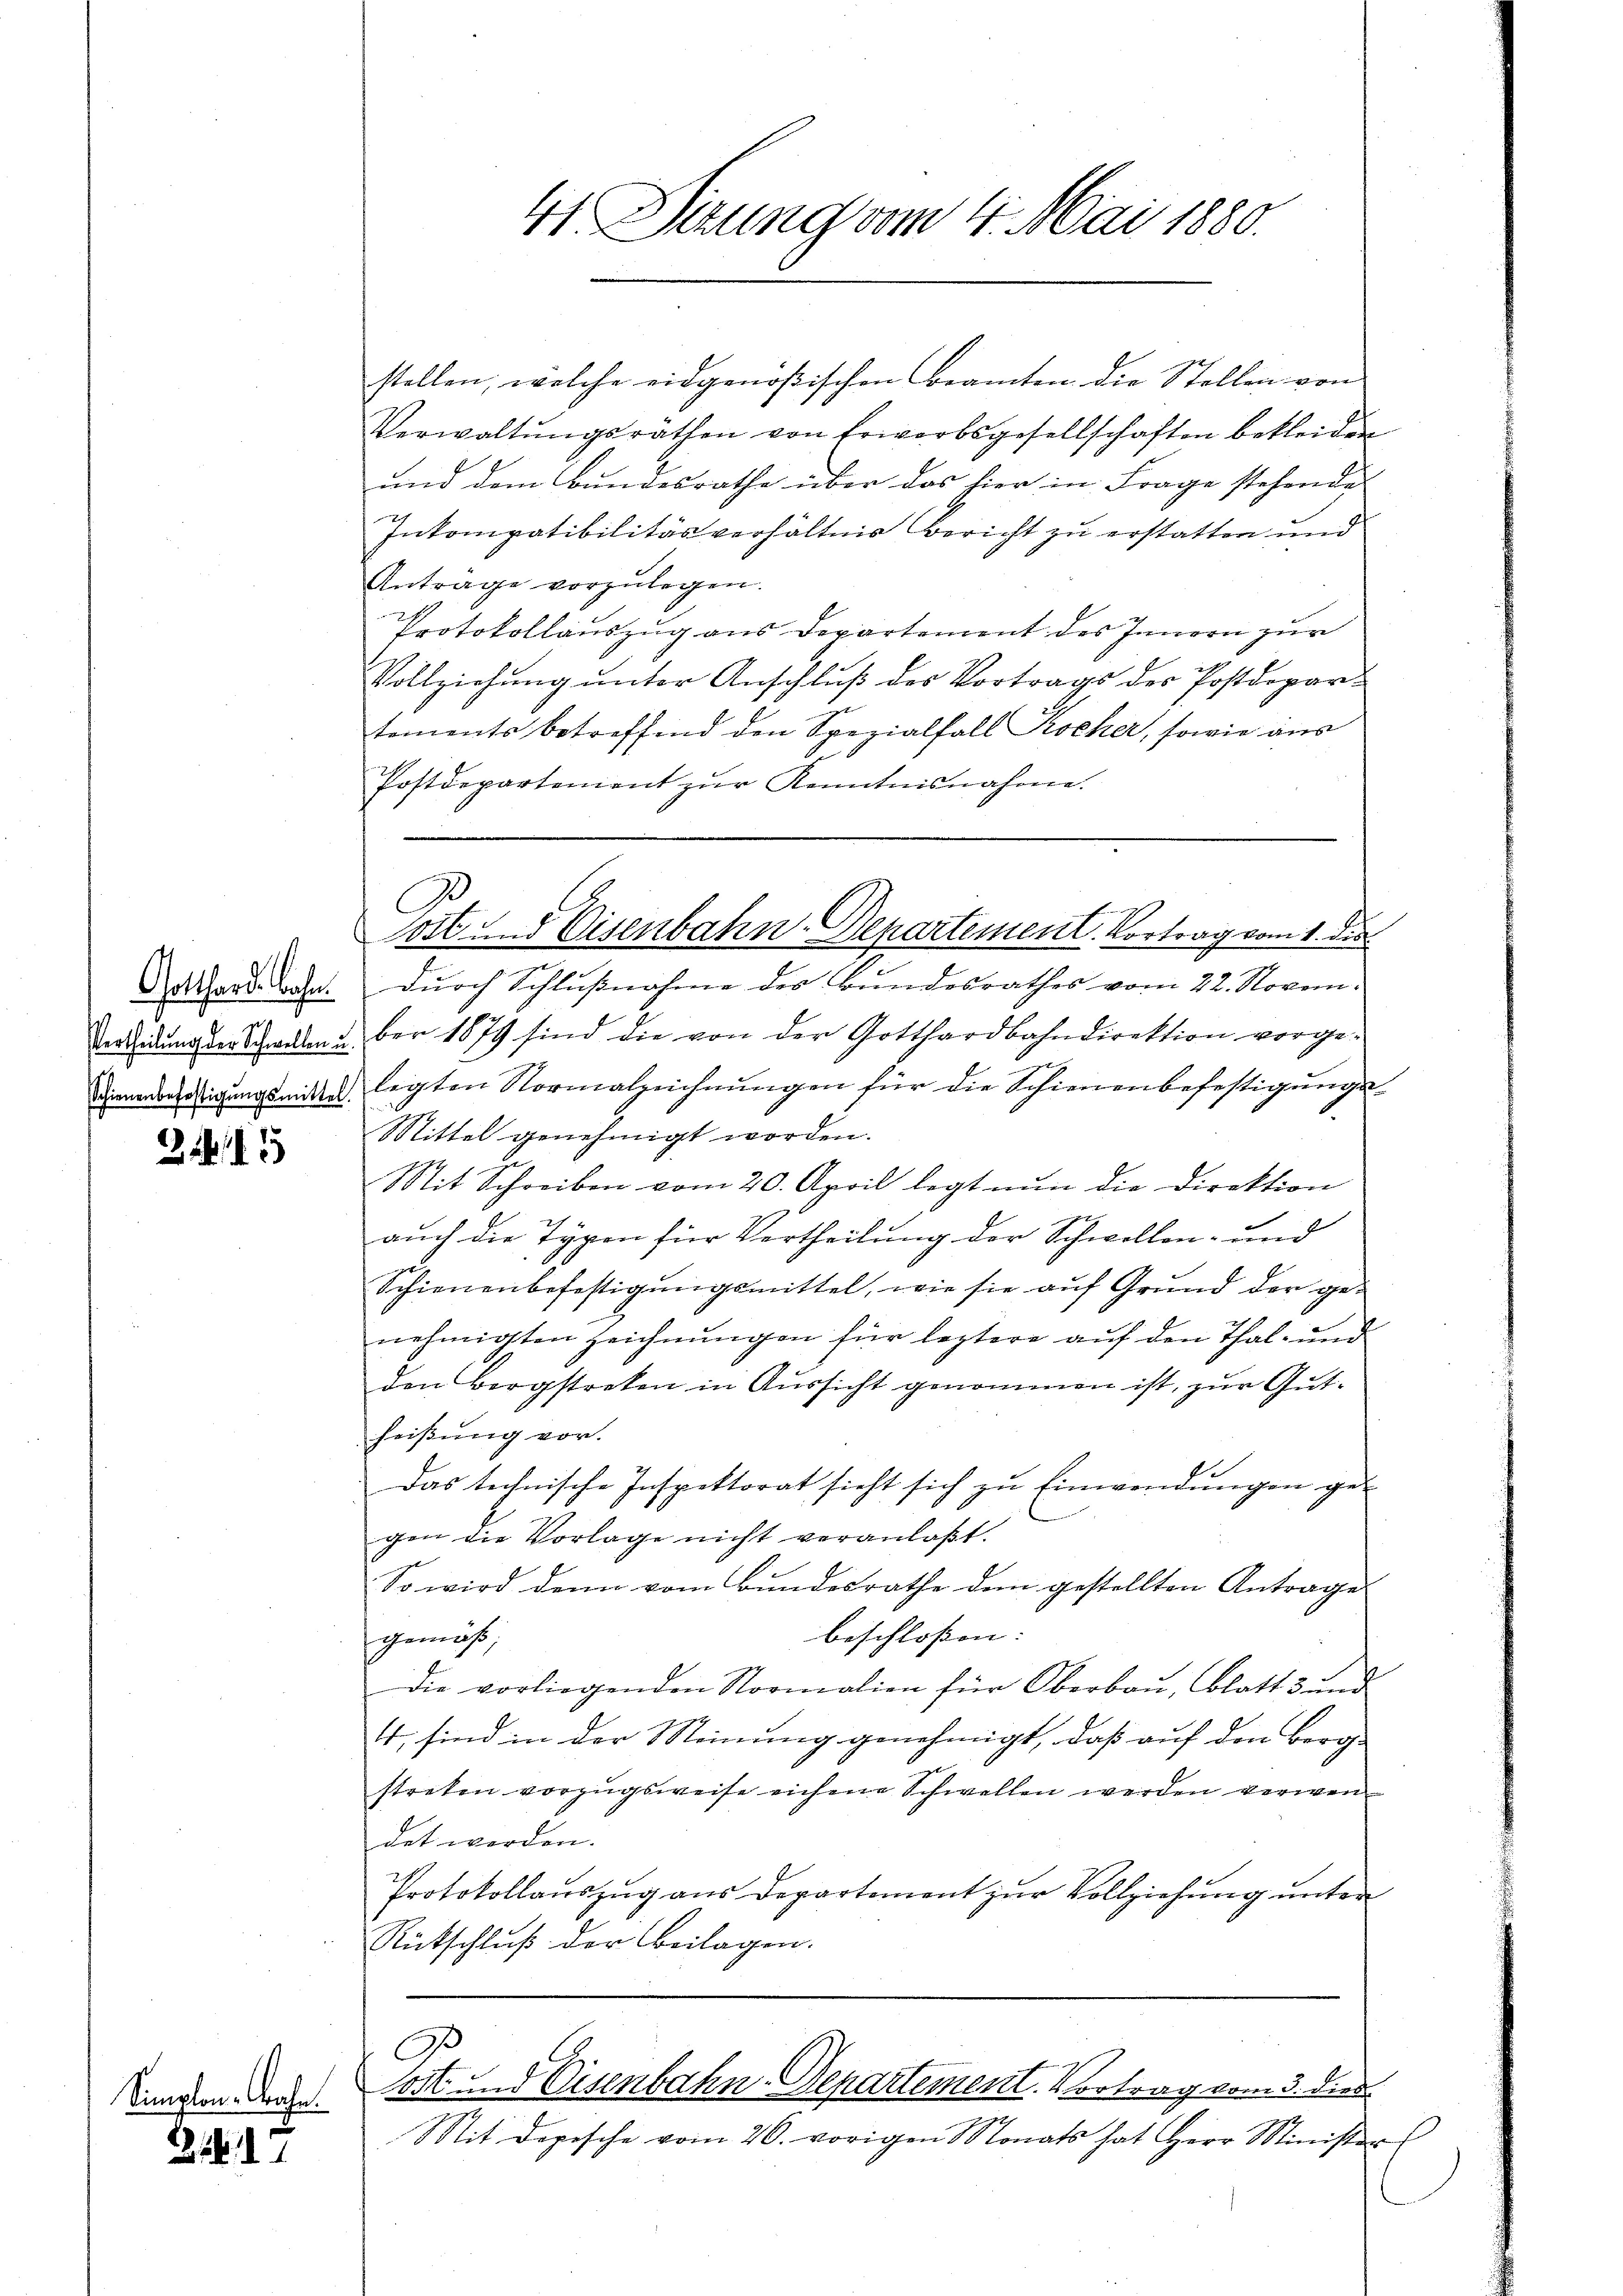
Gotthardbahn.
Vertheilung der Schwellen u.
Schienenbefestigungsmittel.

215

Simplon-Bahn.

.1.7.

Verwaltŭngsräthen von Erwerbsgesellschaften bekleiden
und dem Bundesrathe über das hier in Frage stehende
Inkompatibilitärverhältnis Bericht zu erstatten und
Antrage vorzŭlegen.
Protokollauszug aus Departement des Innern zur
Vollziehŭng ŭnter Anschlŭβ des Vortrags des Postdepartements betreffend den Spezialfall Kocher, sowie aus
Postdepartement zŭr Kenntnisnahme.

41. Sitzung vom 4. Mai 1880.

stellen, welche eidgenößischen Beamten die Stellen von

durch Schlußnahme des Bundesrathes vom 22. Novem-
ber 1879 sind die von der Gotthardbahndirektion vorge-
ligten Normalzeichnungen für die Schienenbefestigungs¬
Mittel genehmigt worden.
Mit Schreiben vom 20. April legt nun die Direktion
auch die Typen für Vertheilung der Schwellen- und
Schienenbefestigŭngsmittel, wie sie aŭf Grŭnd der ge-
nehmigten Zeichnungen für leztere auf den Thal- und
den Bergstreken in Aussicht genommen ist, zur Gutheißung vor.
Das technische Inspektorat sieht sich zŭ Einwendŭngen ge-
gen die Vorlage nicht veranlaβt.
So wird denn vom Bundesrathe dem gestellten Antrage
beschloßen:
gemäß
Die vorliegenden Normalien für Oberbau, Blatt 3 und
4; sind in der Meinung genehmigt, daß auf den Berg-
streten vorzugsweise eichene Schwellen werden verwendet werden.
Protokollauszug aus Departement zur Vollziehung unter
Rütschluß der Beilagen.

G
Sost und Eisenbahn-Departement. Vortrag vom 1. die

C
ost und Eisenbahn-Departement. Vortrag vom 3. dies

Mit dopische vom 26. vorigen Monats hat Herr Minister